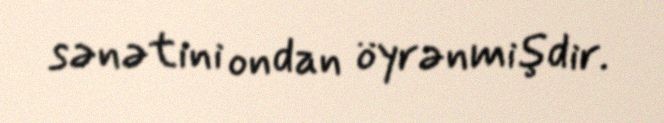
sənətini ondan öyrənmişdir.